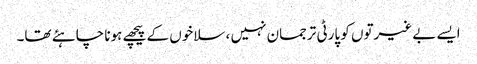
ایسے بے غیرتوں کو پارٹی ترجمان نہیں ، سلاخوں کے پیچھے ہونا چاہئے تھا۔